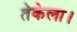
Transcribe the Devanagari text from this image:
तेकेला।